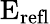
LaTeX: \mathrm{E}_{\mathrm{refl}}